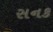
સનક